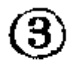
\textcircled{3}